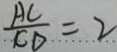
\frac { A C } { C D } = 2